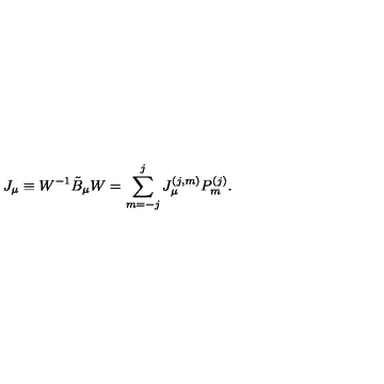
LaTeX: J _ { \mu } \equiv W ^ { - 1 } \tilde { B } _ { \mu } W = \sum _ { m = - j } ^ { j } J _ { \mu } ^ { ( j , m ) } P _ { m } ^ { ( j ) } .